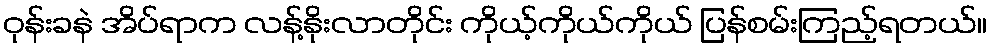
ဝုန်းခနဲ အိပ်ရာက လန့်နိုးလာတိုင်း ကိုယ့်ကိုယ်ကိုယ် ပြန်စမ်းကြည့်ရတယ်။